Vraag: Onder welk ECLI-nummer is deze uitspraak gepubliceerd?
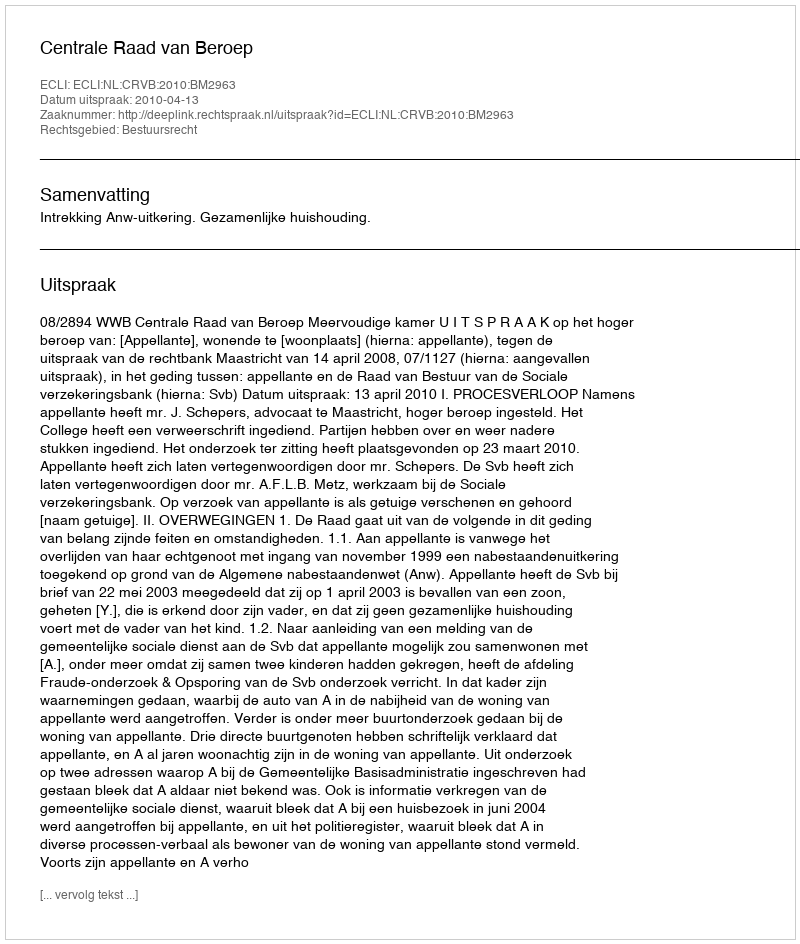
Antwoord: ECLI:NL:CRVB:2010:BM2963